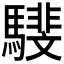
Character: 𩦎